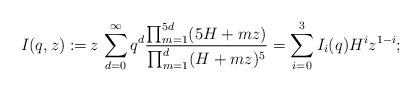
LaTeX: \begin{align*} I(q,z) :=\,&z \, \sum_{d=0}^\infty q^d\frac{ \prod_{m=1}^{5d}(5 H +m z)}{\prod_{m=1}^d(H+ m z)^5 }= \sum_{i=0}^3 I_i(q) H^i z^{1-i}; \end{align*}